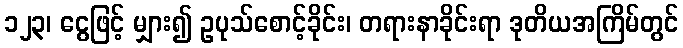
၁၂၃၊ ငွေဖြင့် မျှား၍ ဥပုသ်စောင့်ခိုင်း၊ တရားနာခိုင်းရာ ဒုတိယအကြိမ်တွင်